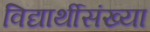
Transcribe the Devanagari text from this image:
विद्यार्थीसंख्या